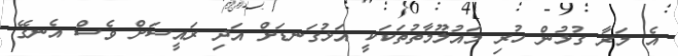
އެ މަރާ ގުޅުން ހުރި މައުލޫމާތުތަކަކީ އަޅުގަނޑަށް އަދި ރައީސަށް ވެސް އެނގޭ